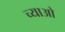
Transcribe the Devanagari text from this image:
च्याओ